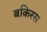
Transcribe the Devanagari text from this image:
बकिरस